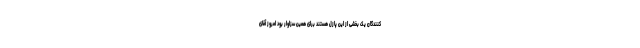
کنندگان یک بخشی از این پازل هستند برای همین سزاوار بود امروز آقای